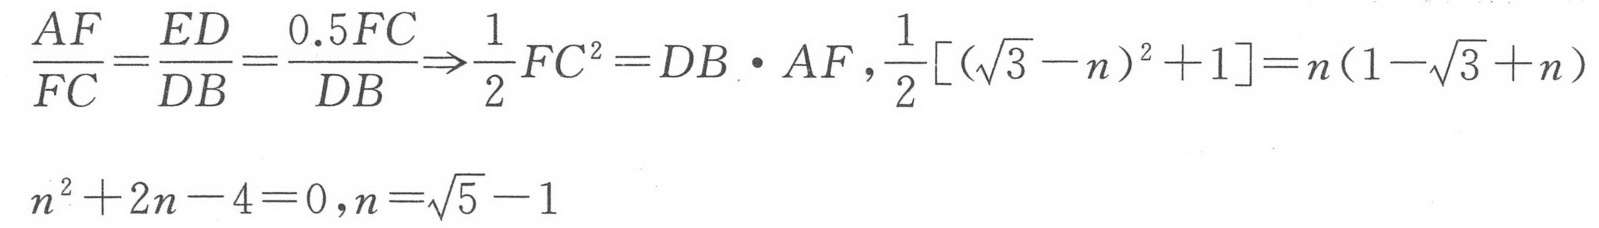
\(\frac{AF}{FC}=\frac{ED}{DB}=\frac{0.5FC}{DB}\Rightarrow\frac{1}{2}FC^{2}=DB\cdot AF,\frac{1}{2}[(\sqrt{3}-n)^{2}+1]=n(1 - \sqrt{3}+n)\)
\(n^{2}+2n - 4 = 0,n=\sqrt{5}-1\)